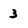
Character: 3